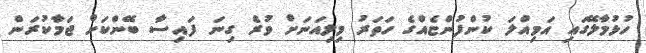
ހުޅުމާލޭގައި އަމިއްލަ ކުންފުންޏެއްގެ ހަތަރު މިލިއަނަށް ވުރެ ގިނަ ފައިސާ ބޭންކަށް ޖަމާކުރަން